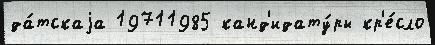
да́тскаjа 19711985 канд'идату́ры кр'е́сло